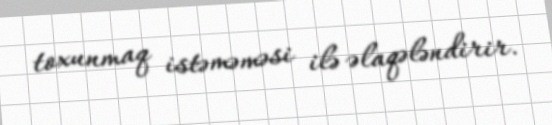
toxunmaq istəməməsi ilə əlaqələndirir.